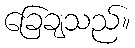
ခြေချသည်။